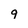
Character: 9